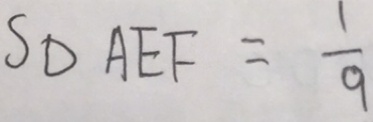
S _ { \Delta } A E F = \frac { 1 } { 9 }